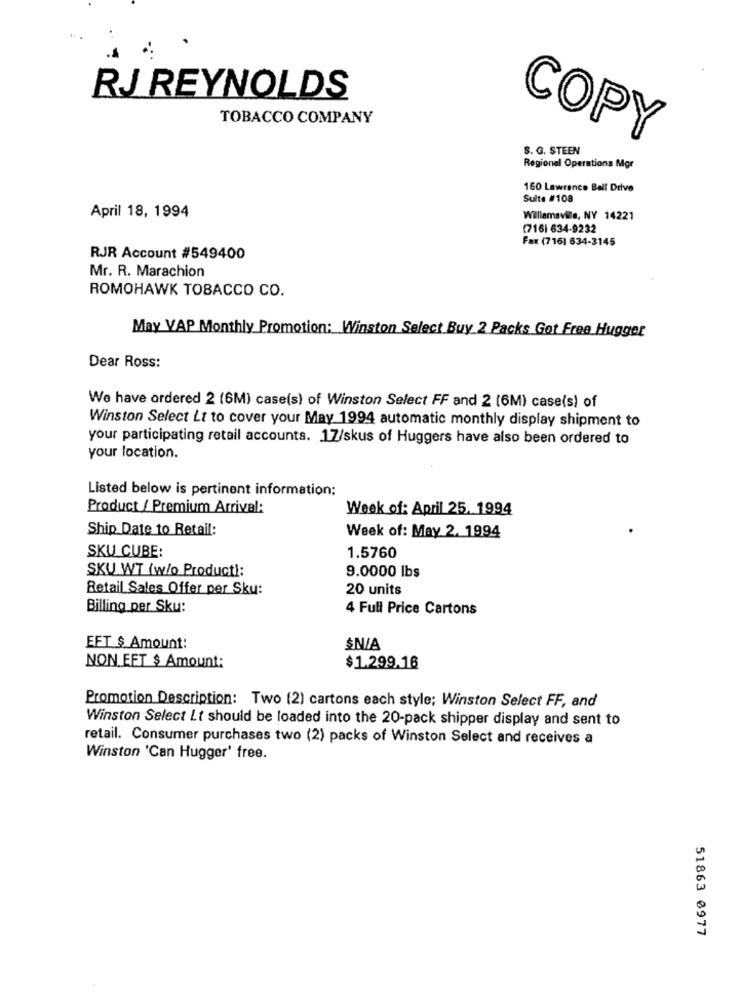
RJ REYNOLDS
TOBACCO COMPANY
COPY
S. G. STEEN
Regional Operations Mgr
150 Lawrence Bell Drive
Suite #108
April 18, 1994
Williamsvile, NY 14221
(716| 634-9232
Fax (716) 634-3145
RJR Account #549400
Mr. R. Marachion
ROMOHAWK TOBACCO CO.
May VAP Monthly Promotion: Winston Select Buy 2 Packs Got Free Hugger
Dear Ross:
We have ordered 2 (6M) case(s) of Winston Select FF and 2 (6M) case(s) of
Winston Select Lt to cover your May 1994 automatic monthly display shipment to
your participating retail accounts. 17/skus of Huggers have also been ordered to
your location.
Listed below is pertinent information:
Product / Premium Arrival:
Week of: April 25. 1994
Ship Date to Retail:
Week of: May 2. 1994
SKU CUBE:
1.5760
SKU WT (w/o Producti;
9.0000 lbs
Retail Sales Offer per Sku:
20 units
Billing per Sku:
4 Full Price Cartons
EFT $ Amount:
$N/A
NON EFT $ Amount:
$1.299.16
Promotion Description: Two (2) cartons each style; Winston Select FF, and
Winston Select Lt should be loaded into the 20-pack shipper display and sent to
retail. Consumer purchases two (2) packs of Winston Select and receives a
Winston 'Can Hugger' free.
51863 0977